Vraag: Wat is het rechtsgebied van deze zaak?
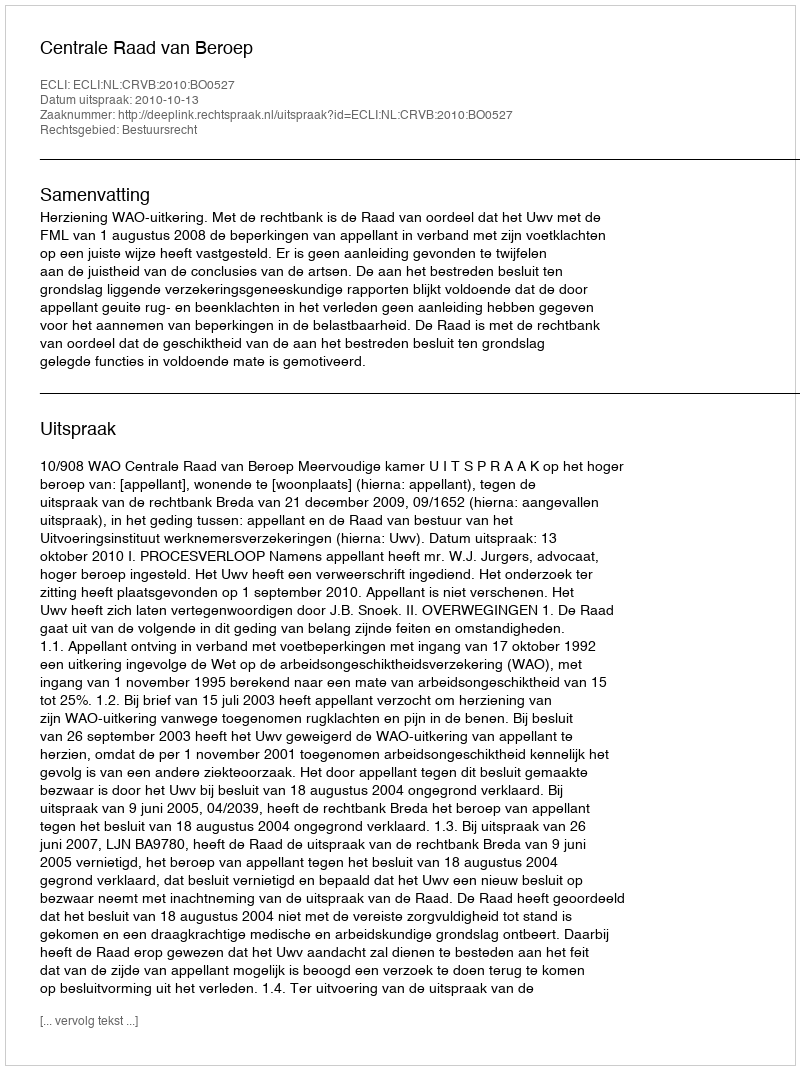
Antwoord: Bestuursrecht